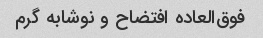
فوق‌العاده افتضاح و نوشابه گرم